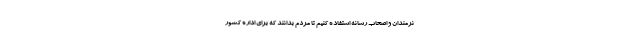
نرمندان و اصحاب رسانه استفاده کنیم تا مردم بدانند که برای اداره کشور